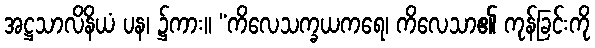
အဋ္ဌသာလိနိယံ ပန၊ ၌ကား။ “ကိလေသက္ခယကရေ၊ ကိလေသာ၏ ကုန်ခြင်းကို